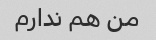
من هم ندارم